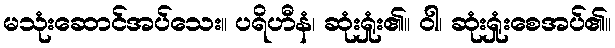
မသုံးဆောင်အပ်သေး။ ပရိဟီနံ၊ ဆုံးရှုံး၏။ ဝါ၊ ဆုံးရှုံးစေအပ်၏။